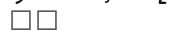
٥٤